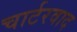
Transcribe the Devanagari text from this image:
चार्टरवाद